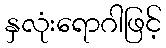
နှလုံးရောဂါဖြင့်